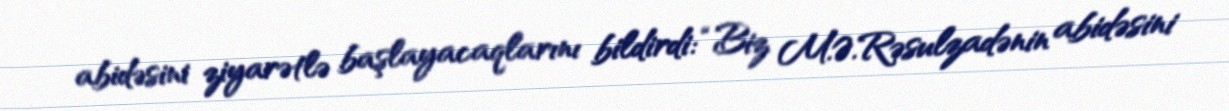
abidəsini ziyarətlə başlayacaqlarını bildirdi: “Biz M.Ə.Rəsulzadənin abidəsini